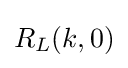
{\textstyle R_{L}(k,0)}